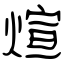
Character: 煊